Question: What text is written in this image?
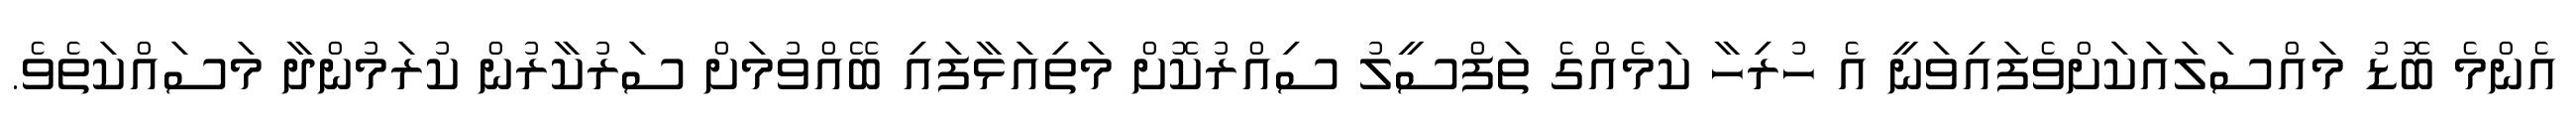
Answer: އެންމެ ބޮޑު މައްސަލައަކަށްވެފައިވަނީ އެ ހުރިހާ ކަމެއްގެ ތަފްސީލު ސިއްރުކޮށް މަތިއަޅާފައި ބޭއްވުމަށް ސަރުކާރުން ކުރަމުންދާ މަސައްކަތެވެ.